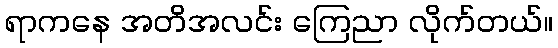
ရာကနေ အတိအလင်း ကြေညာ လိုက်တယ်။